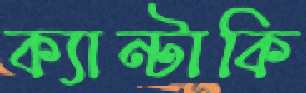
ক্যান্টাকি